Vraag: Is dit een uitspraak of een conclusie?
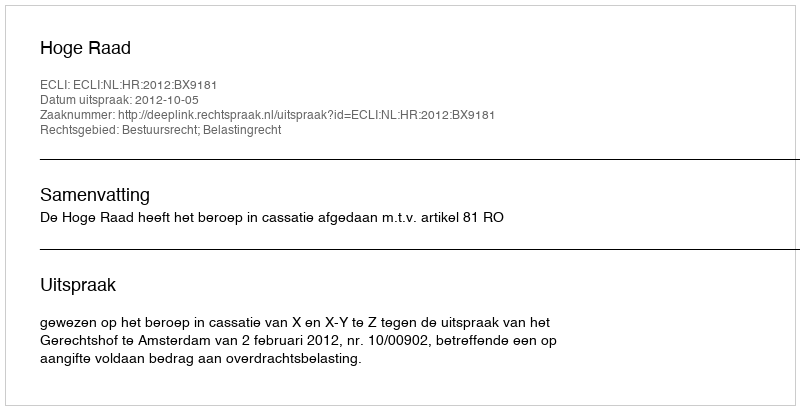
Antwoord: Uitspraak